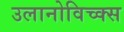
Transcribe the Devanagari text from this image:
उलानोविच्क्स